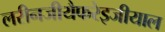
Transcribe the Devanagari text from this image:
लरीनजीयैफरेइजीयाल